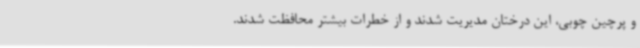
و پرچین چوبی، این درختان مدیریت شدند و از خطرات بیشتر محافظت شدند.